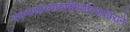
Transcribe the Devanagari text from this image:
एकनाथांच्यारुक्मिणीस्वयंवराने